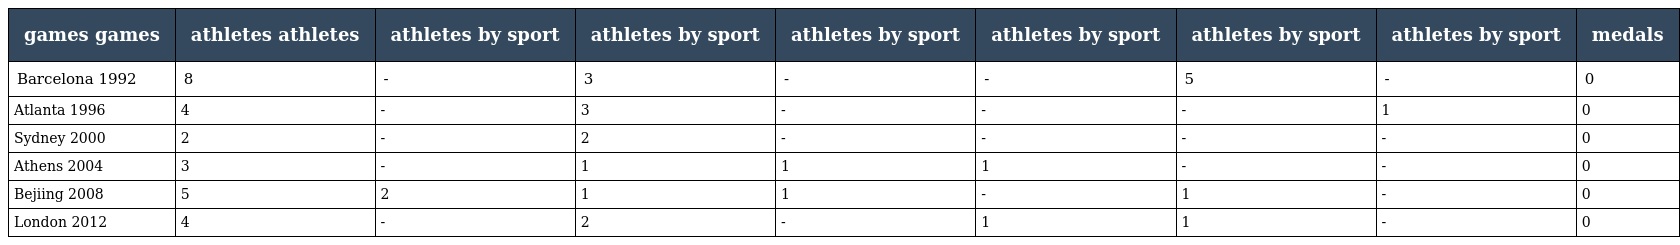
| games games | athletes athletes | athletes by sport | athletes by sport | athletes by sport | athletes by sport | athletes by sport | athletes by sport | medals |
 | --- | --- | --- | --- | --- | --- | --- | --- | --- |
 | Barcelona 1992 | 8 | - | 3 | - | - | 5 | - | 0 |
 | Atlanta 1996 | 4 | - | 3 | - | - | - | 1 | 0 |
 | Sydney 2000 | 2 | - | 2 | - | - | - | - | 0 |
 | Athens 2004 | 3 | - | 1 | 1 | 1 | - | - | 0 |
 | Bejiing 2008 | 5 | 2 | 1 | 1 | - | 1 | - | 0 |
 | London 2012 | 4 | - | 2 | - | 1 | 1 | - | 0 |